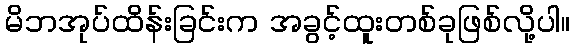
မိဘအုပ်ထိန်းခြင်းက အခွင့်ထူးတစ်ခုဖြစ်လို့ပါ။